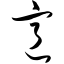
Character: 意